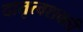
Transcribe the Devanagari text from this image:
दातृत्वशक्ती